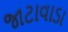
જાટાવાડા